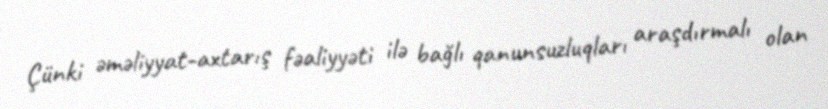
Çünki əməliyyat-axtarış fəaliyyəti ilə bağlı qanunsuzluqları araşdırmalı olan